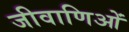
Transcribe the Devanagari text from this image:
जीवाणिओं